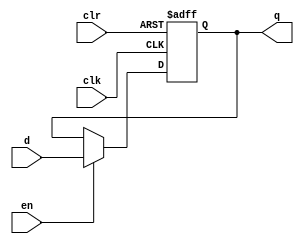
module dffe_ref_neg12 (q, d, clk, en, clr);
   
   //Inputs
   input [11:0] d;
   input clk, en, clr;
   
   //Internal wire
   wire clr;

   //Output
   output[11:0] q;
   
   //Register
   reg [11:0] q;

   //Intialize q to 0
   initial
   begin
       q = 0;
   end

   //Set value of q on positive edge of the clock or clear
   always @(negedge clk or posedge clr) begin
       //If clear is high, set q to 0
       if (clr) begin
           q <= 0;
       //If enable is high, set q to the value of d
       end else if (en) begin
           q <= d;
       end
   end
endmodule